Vaccine operations Central Provinces & Berar 1912-1920 - 1912-1920
Year: 1912
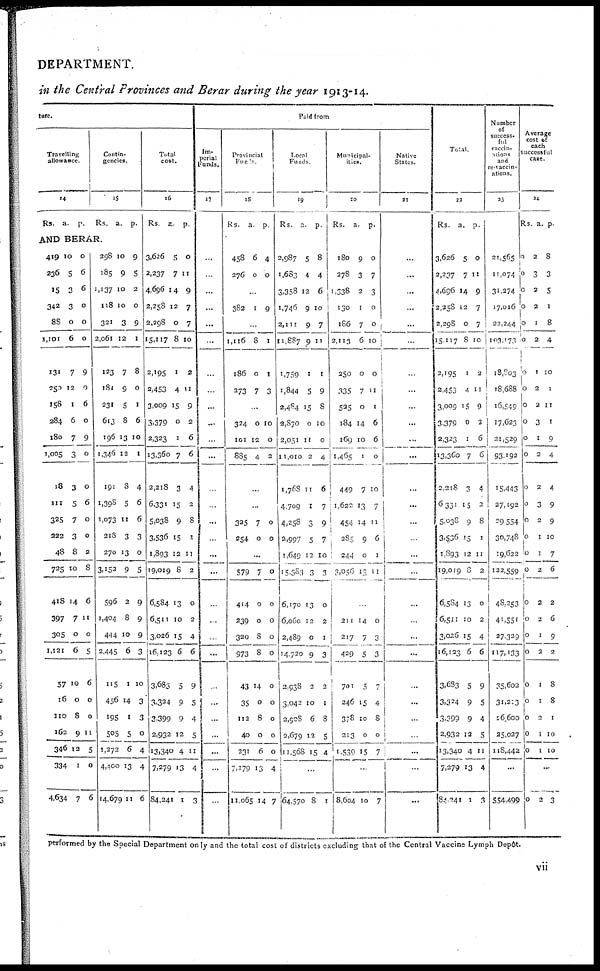
DEPARTMENT.
in the Central Provinces and Berar during the year 1913-14.
ture.
Travelling
allowance.
14
Rs.
a.
p.
Contin-
gencies.
15
Rs. a. p.
AND BERAR.
419
236
15
342
88
1,111
131
250
158
284
180
1,005
18
111
325
222
48
725
418
397
305
1,121
57
16
110
162
346
334
4,634
10
5
3
3
0
6
7
12
1
6
7
3
3
5
7
3
8
10
14
7
0
6
10
0
8
9
12
1
7
0
6
6
0
0
0
9
0
6
0
9
0
0
6
0
0
2
8
6
11
0
5
6
0
0
11
5
0
6
298
185
1,137
118
321
2,061
123
180
231
613
196
1,346
191
1,398
1,073
218
270
3,152
596
1,404
444
2,445
115
456
195
505
1,272
4,400
14,679
10
9
10
10
3
12
7
9
5
8
13
12
8
5
11
3
13
9
2
8
10
6
1
14
1
5
6
13
11
9
5
2
0
9
1
8
0
1
6
10
1
4
6
6
3
0
5
9
9
9
3
10
3
3
0
4
4
6
Total
cost.
16
Rs.
a.
p.
3,626
2,237
4,696
2,258
2,298
15,117
2,195
2,453
3,009
3,379
2,323
13,360
2,218
6,331
5,038
3,536
1,893
19,019
6,584
6,511
3,026
16,123
3,683
3,324
3,399
2,932
13,340
7,279
84,241
5
7
14
12
0
8
1
4
15
0
1
7
3
15
9
15
12
8
13
10
15
6
5
9
9
12
4
13
1
0
11
9
7
7
10
2
11
9
2
6
6
4
2
8
1
11
2
0
2
4
6
9
5
4
5
11
4
3
Paid from
Im-
perial
Funds.
17
...
...
...
...
...
...
...
...
...
...
...
...
...
...
...
...
...
...
...
...
...
...
...
...
...
...
...
...
...
Provincial
Funds.
18
Rs.
a.
p.
458
276
6
0
4
0
...
382
1 9
...
1,116
186
273
8
0
7
1
1
3
...
324
101
885
0
12
4
10
0
2
...
...
325
254
7
0
0
0
...
579
414
239
320
973
43
35
112
40
231
7,279
11,065
7
0
0
8
8
14
0
8
0
6
13
14
0
0
0
0
0
0
0
0
0
0
4
7
Local
Funds.
19
Rs.
a
p.
2,987
1,683
3,358
1,746
2,111
11,887
1,759
1,844
2,484
2,870
2,051
11,010
1,768
4,709
4,258
2,997
1,649
15,383
6,170
6,060
2,489
14,720
2,938
3,042
2,908
2,679
11,568
5
4
12
9
9
9
1
5
15
0
11
2
11
1
3
5
12
3
13
12
0
9
2
10
6
12
15
8
4
6
10
7
11
1
9
8
10
0
4
6
7
9
7
10
3
0
2
1
3
2
1
8
5
4
...
64,570 8 1
Municipal¬
ities.
20
Rs. a. p.
180
278
1,338
130
186
2,113
250
335
525
184
169
1,465
449
1,622
454
285
244
3,056
9
3
2
1
7
6
0
7
0
14
10
1
7
13
14
9
0
13
0
7
3
0
0
10
0
11
1
6
6
0
10
7
11
6
1
11
...
211
217
429
701
246
378
213
1,539
14
7
5
5
15
10
0
15
0
3
3
7
4
8
0
7
...
8,604 10 7
Native
States.
21
...
...
...
...
...
...
...
...
...
...
...
...
...
...
...
...
...
...
...
...
...
...
...
...
...
...
...
...
...
Total.
22
Rs. a. p.
3,626
2,237
4,696
2,258
2,298
15,117
2,195
2,453
3,009
3,379
2,323
13,360
2,218
6,331
5,038
3,536
1,893
19,019
6,584
6,511
3,026
16,123
3,683
3,324
3,399
2,932
13,340
7,279
84,241
5
7
14
12
0
8
1
4
15
0
1
7
3
15
9
15
12
8
13
10
15
6
5
9
9
12
4
13
1
0
11
9
7
7
10
2
11
9
2
6
6
4
2
8
1
11
2
0
2
4
6
9
5
4
5
11
4
3
Number
of
success¬
ful
vaccin¬
ations
and
re-vaccin¬
ations.
23
21,565
11,074
31,274
17,016
22,244
103,173
18,803
18,688
16,549
17,623
21,529
93,192
15,443
27,192
29,554
30,748
19,622
122,559
48,253
41,551
27,329
117,133
35,602
31,213
26,600
25,027
118,442
...
554,499
Average
cost of
each
successful
case.
24
Rs. a. p.
0
0
0
0
0
0
0
0
0
0
0
0
0
0
0
0
0
0
0
0
0
0
0
0
0
0
0
2
3
2
2
1
2
1
2
2
3
1
2
2
3
2
1
1
2
2
2
1
2
1
1
2
1
1
8
3
5
1
8
4
10
1
11
1
9
4
4
9
9
10
7
6
2
6
9
2
8
8
1
10
10
...
0
2 3
performed by the Special Department only and the total cost of districts excluding that of the Central Vaccine Lymph Depôt.
vii